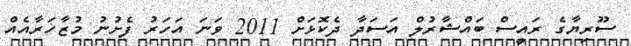
ސޫރިޔާގެ ރައީސް ބައްޝާރުލް އަސަދާ ދެކޮޅަށް 2011 ވަނަ އަހަރު ފެށުނު މުޒާހަރާއެއް